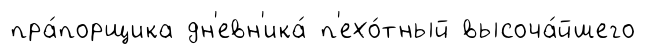
пра́порщика дн'евн'ика́ п'ехо́тный высоча́йшего